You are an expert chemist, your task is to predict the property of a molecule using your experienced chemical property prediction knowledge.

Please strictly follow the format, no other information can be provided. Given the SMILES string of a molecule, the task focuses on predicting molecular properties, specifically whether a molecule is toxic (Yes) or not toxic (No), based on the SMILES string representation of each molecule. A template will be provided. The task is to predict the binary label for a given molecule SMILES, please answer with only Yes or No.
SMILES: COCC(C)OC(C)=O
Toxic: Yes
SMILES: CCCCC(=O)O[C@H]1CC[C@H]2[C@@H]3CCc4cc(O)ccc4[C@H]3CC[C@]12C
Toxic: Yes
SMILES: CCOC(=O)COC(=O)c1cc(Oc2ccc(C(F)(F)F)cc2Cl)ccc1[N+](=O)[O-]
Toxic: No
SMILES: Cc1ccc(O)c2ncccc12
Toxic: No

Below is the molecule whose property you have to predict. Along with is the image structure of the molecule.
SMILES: CN[C@@H](C)Cc1ccccc1
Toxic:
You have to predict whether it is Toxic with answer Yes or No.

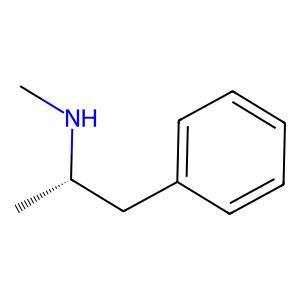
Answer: No